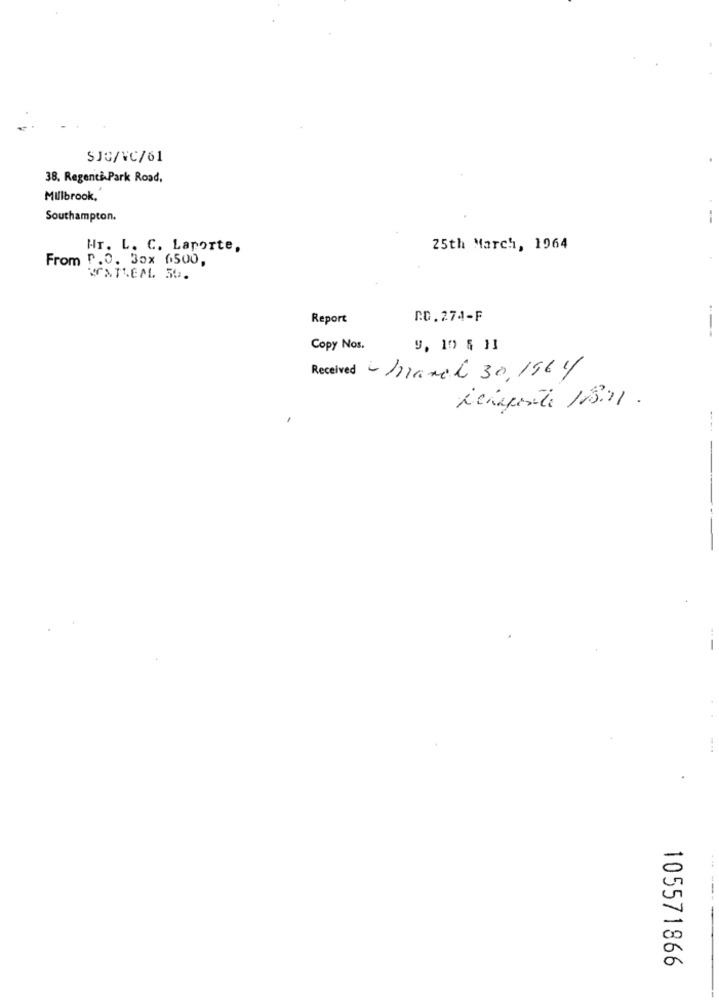
SJO/VC/61
38. Regenti Park Road,
Millbrook.
Southampton.
Hr. L. C. Laporte,
25th March, 1964
From P.O. Box 0500,
KATTEM. SU.
Report
C.D.274-F
---
Copy Nos.
9, 10 5 11
Received -Inianel 30, 1964
ichaponte 13.11 .
105571866